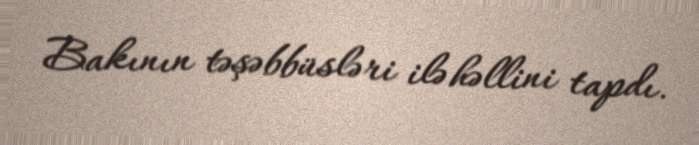
Bakının təşəbbüsləri ilə həllini tapdı.